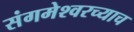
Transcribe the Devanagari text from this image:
संगमेश्वरच्याच